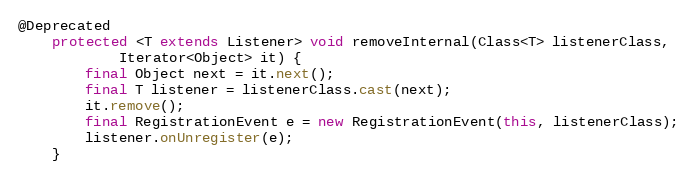
Language: Java
@Deprecated
    protected <T extends Listener> void removeInternal(Class<T> listenerClass,
            Iterator<Object> it) {
        final Object next = it.next();
        final T listener = listenerClass.cast(next);
        it.remove();
        final RegistrationEvent e = new RegistrationEvent(this, listenerClass);
        listener.onUnregister(e);
    }